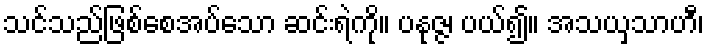
သင်သည်ဖြစ်စေအပ်သော ဆင်းရဲကို။ ပနုဇ္ဇ၊ ပယ်၍။ အသယှသာဟီ၊